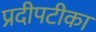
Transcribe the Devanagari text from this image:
प्रदीपटीका